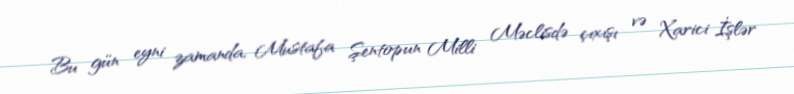
Bu gün eyni zamanda, Mustafa Şentopun Milli Məclisdə çıxışı və Xarici İşlər